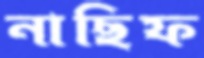
নাছিফ